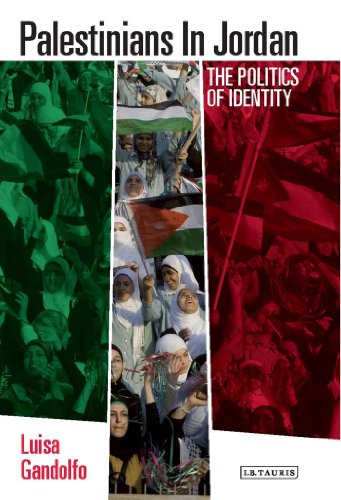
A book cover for Palestinians in Jordan: The Politics of Identity (Library of Modern Middle East Studies); Luisa Gandolfo; History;